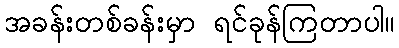
အခန်းတစ်ခန်းမှာ ရင်ခုန်ကြတာပါ။